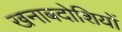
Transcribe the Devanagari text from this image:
खनाबदोशियों